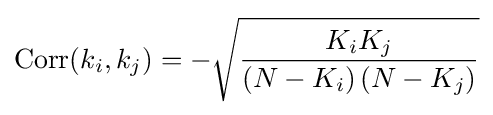
\operatorname {Corr} (k_{i},k_{j})=-{\sqrt {\frac {K_{i}K_{j}}{\left(N-K_{i}\right)\left(N-K_{j}\right)}}}